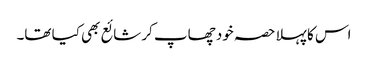
اس کا پہلا حصہ خود چھاپ کر شائع بھی کیا تھا۔